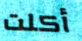
أكلت